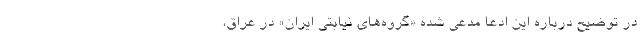
در توضیح درباره این ادعا مدعی شده «گروه‌های نیابتی ایران» در عراق،